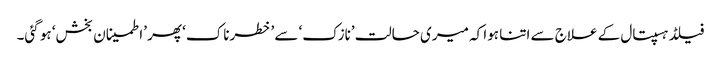
فیلڈ ہسپتال کے علاج سے اتنا ہوا کہ میری حالت ’نازک‘ سے ’خطرناک‘ پھر ’اطمینان بخش‘ ہو گئی۔